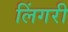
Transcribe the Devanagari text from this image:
लिंगरी